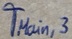
Text: TMain,3